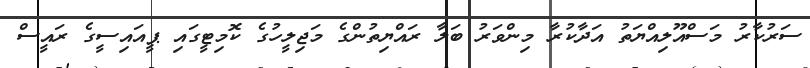
ސަރުކާރު މަސްއޫލިއްޔަތު އަދާކުރާ މިންވަރު ބަލާ ރައްޔިތުންގެ މަޖިލީހުގެ ކޮމިޓީގައި ޕީއައިސީގެ ރައީސް